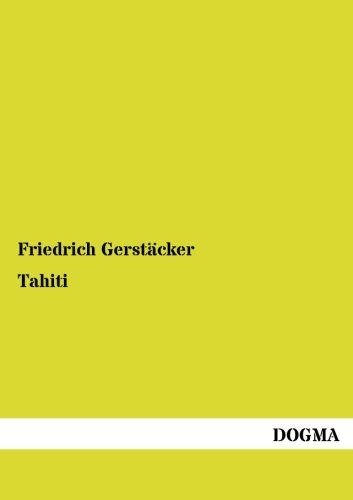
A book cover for Tahiti (German Edition); Friedrich Gerstaecker; Travel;